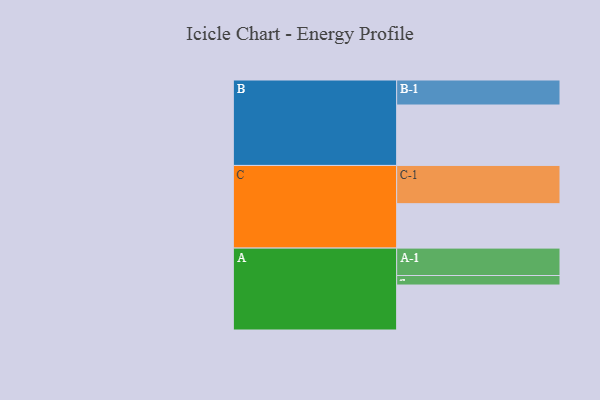
{"axis": {"x": "Segment", "y": "Value"}, "legend": ["", "A", "B", "C"], "data": [{"x": "A", "y": 340, "type": ""}, {"x": "B", "y": 457, "type": ""}, {"x": "C", "y": 336, "type": ""}, {"x": "A-1", "y": 207, "type": "A"}, {"x": "A-2", "y": 72, "type": "A"}, {"x": "B-1", "y": 189, "type": "B"}, {"x": "C-1", "y": 289, "type": "C"}]}